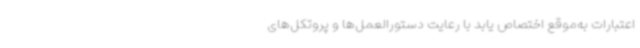
اعتبارات به‌موقع اختصاص یابد با رعایت دستورالعمل‌ها و پروتکل‌های